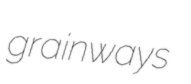
grainways